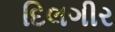
દિલગીર